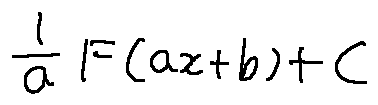
\frac { 1 } { a } F ( a x + b ) + C